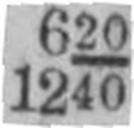
1240